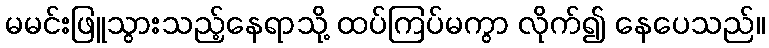
မမင်းဖြူသွားသည့်နေရာသို့ ထပ်ကြပ်မကွာ လိုက်၍ နေပေသည်။